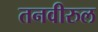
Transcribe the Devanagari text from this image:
तनवीरुल